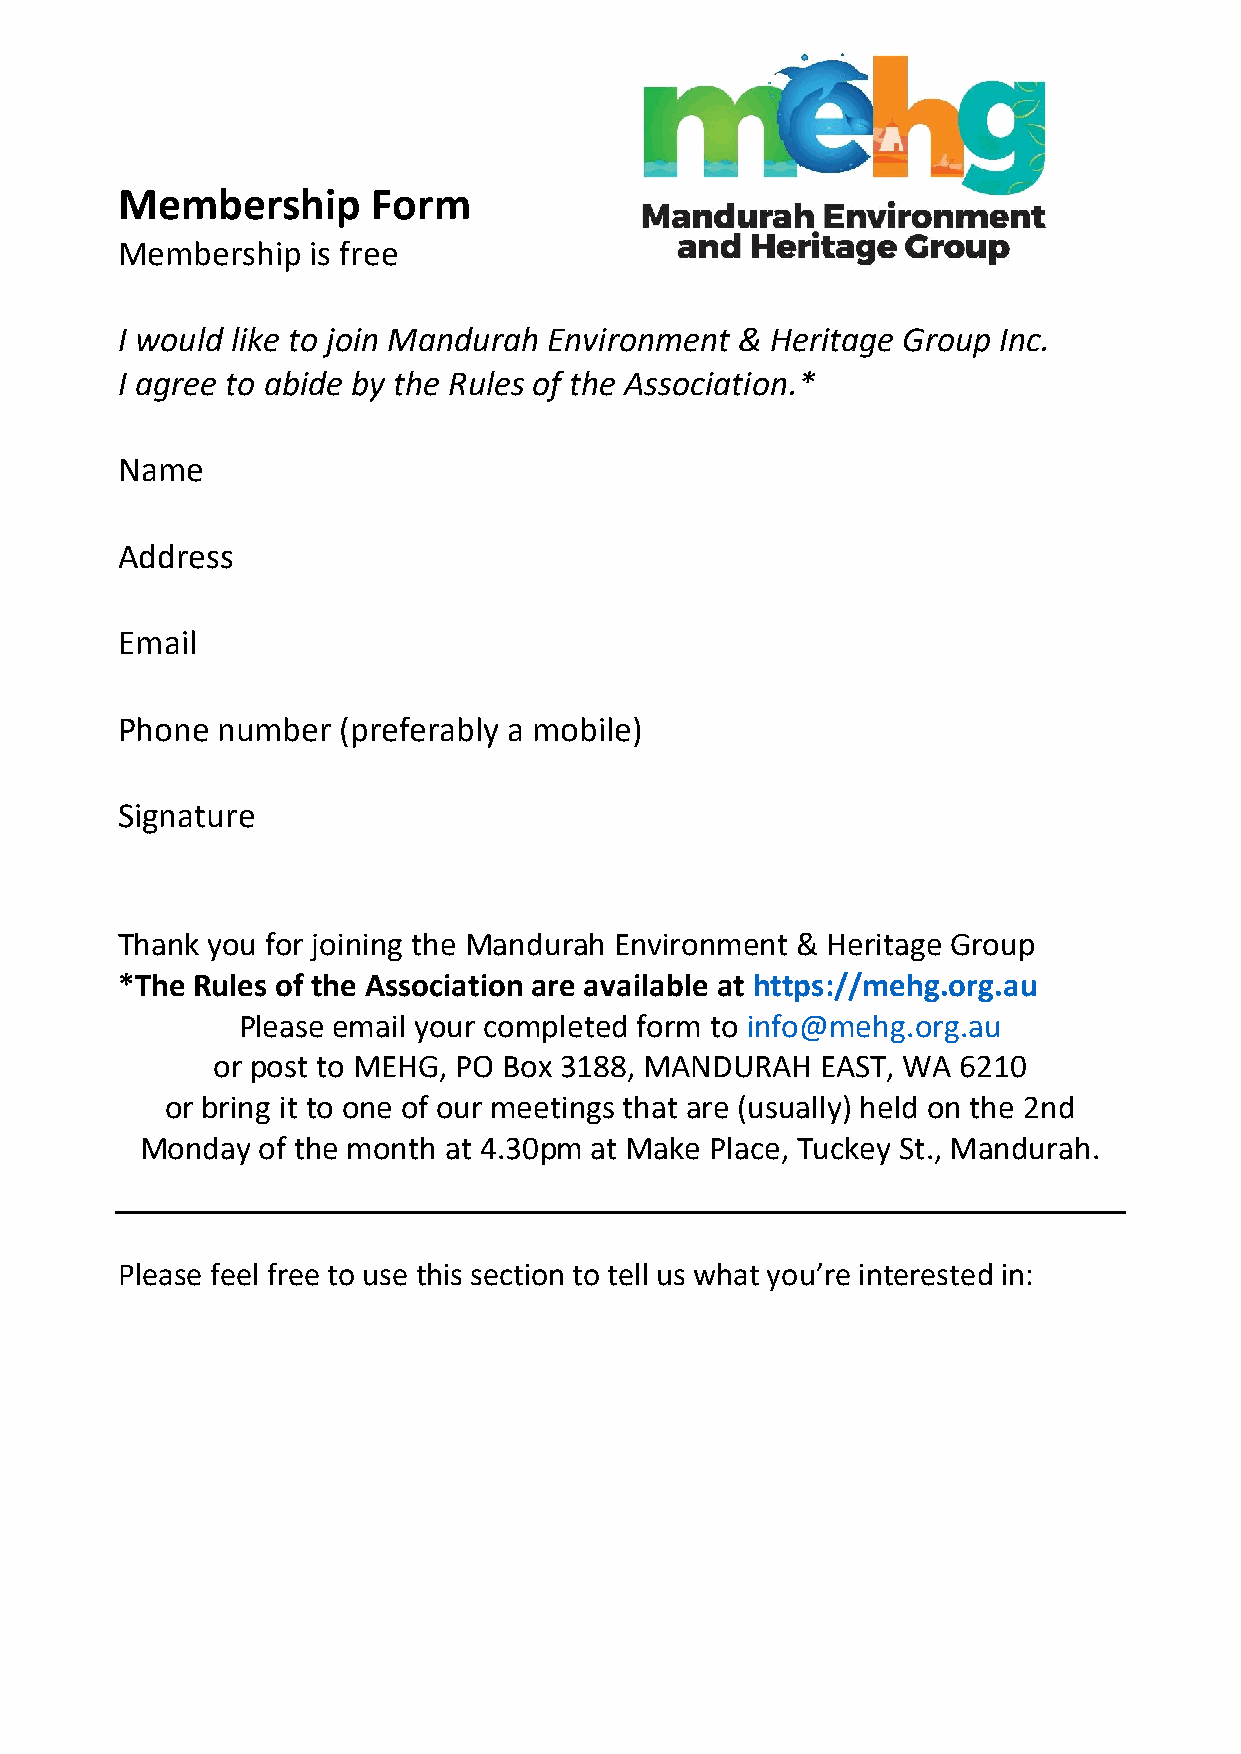
Membership       Form
 Membership   is free
 I would like to join Mandurah Environment & Heritage Group Inc.
 I agree to abide by the Rules of the Association.*
 Name
 Address
 Email
 Phone number   (preferably a mobile)
 Signature
 Thank you for joining the Mandurah Environment & Heritage Group
 *The Rules of the Association are available at https://mehg.org.au
 Please email your completed form to info@mehg.org.au
 or post to MEHG, PO Box 3188, MANDURAH  EAST, WA 6210
 or bring it to one of our meetings that are (usually) held on the 2nd
 Monday  of the month at 4.30pm at Make Place, Tuckey St., Mandurah.
 Please feel free to use this section to tell us what you’re interested in: